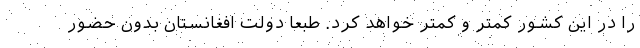
را در اين كشور كمتر و كمتر خواهد كرد. طبعا دولت افغانستان بدون حضور